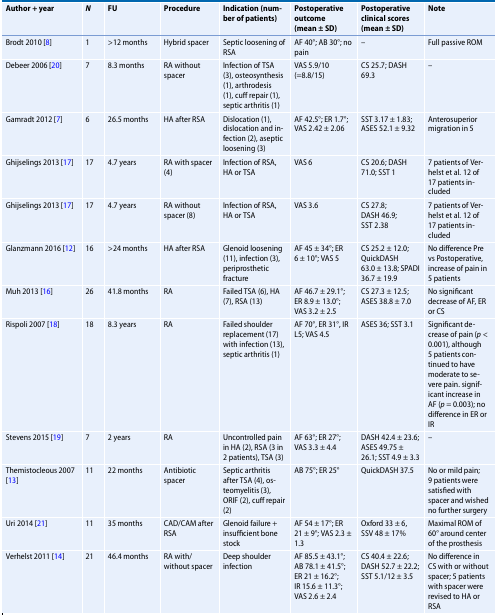
<table><thead><tr><td><b>Author + year</b></td><td><b><i>N</i></b></td><td><b>FU</b></td><td><b>Procedure</b></td><td><b>Indication (number of patients)</b></td><td><b>Postoperative outcome (mean ± SD)</b></td><td><b>Postoperative clinical scores (mean ± SD)</b></td><td><b>Note</b></td></tr></thead><tbody><tr><td>Brodt 2010 [8]</td><td>1</td><td>&gt;12 months</td><td>Hybrid spacer</td><td>Septic loosening of RSA</td><td>AF 40°; AB 30°; no pain</td><td>–</td><td>Full passive ROM</td></tr><tr><td>Debeer 2006 [20]</td><td>7</td><td>8.3 months</td><td>RA without spacer</td><td>Infection of TSA (3), osteosynthesis (1), arthrodesis (1), cuff repair (1), septic arthritis (1)</td><td>VAS 5.9/10 (=8.8/15)</td><td>CS 25.7; DASH 69.3</td><td>–</td></tr><tr><td>Gamradt 2012 [7]</td><td>6</td><td>26.5 months</td><td>HA after RSA</td><td>Dislocation (1), dislocation and infection (2), aseptic loosening (3)</td><td>AF 42.5°; ER 1.7°; VAS 2.42 ± 2.06</td><td>SST 3.17 ± 1.83; ASES 52.1 ± 9.32</td><td>Anterosuperior migration in 5</td></tr><tr><td>Ghijselings 2013 [17]</td><td>17</td><td>4.7 years</td><td>RA with spacer (4)</td><td>Infection of RSA, HA or TSA</td><td>VAS 6</td><td>CS 20.6; DASH 71.0; SST 1</td><td>7 patients of Verhelst et al. 12 of 17 patients included</td></tr><tr><td>Ghijselings 2013 [17]</td><td>17</td><td>4.7 years</td><td>RA without spacer (8)</td><td>Infection of RSA, HA or TSA</td><td>VAS 3.6</td><td>CS 27.8; DASH 46.9; SST 2.38</td><td>7 patients of Verhelst et al. 12 of 17 patients included</td></tr><tr><td>Glanzmann 2016 [12]</td><td>16</td><td>&gt;24 months</td><td>HA after RSA</td><td>Glenoid loosening (11), infection (3), periprosthetic fracture</td><td>AF 45 ± 34°; ER 6 ± 10°; VAS 5</td><td>CS 25.2 ± 12.0; QuickDASH 63.0 ± 13.8; SPADI 36.7 ± 19.9</td><td>No difference Pre vs Postoperative, increase of pain in 5 patients</td></tr><tr><td>Muh 2013 [16]</td><td>26</td><td>41.8 months</td><td>RA</td><td>Failed TSA (6), HA (7), RSA (13)</td><td>AF 46.7 ± 29.1°; ER 8.9 ± 13.0°; VAS 3.2 ± 2.5</td><td>CS 27.3 ± 12.5; ASES 38.8 ± 7.0</td><td>No significant decrease of AF, ER or CS</td></tr><tr><td>Rispoli 2007 [18]</td><td>18</td><td>8.3 years</td><td>RA</td><td>Failed shoulder replacement (17) with infection (13), septic arthritis (1)</td><td>AF 70°, ER 31°, IR L5; VAS 4.5</td><td>ASES 36; SST 3.1</td><td>Significant decrease of pain (<i>p</i> &lt; 0.001), although 5 patients continued to have moderate to severe pain. significant increase in AF (<i>p</i> = 0.003); no difference in ER or IR</td></tr><tr><td>Stevens 2015 [19]</td><td>7</td><td>2 years</td><td>RA</td><td>Uncontrolled pain in HA (2), RSA (3 in 2 patients), TSA (3)</td><td>AF 63°; ER 27°; VAS 3.3 ± 4.4</td><td>DASH 42.4 ± 23.6; ASES 49.75 ± 26.1; SST 4.9 ± 3.3</td><td>–</td></tr><tr><td>Themistocleous 2007 [13]</td><td>11</td><td>22 months</td><td>Antibiotic spacer</td><td>Septic arthritis after TSA (4), osteomyelitis (3), ORIF (2), cuff repair (2)</td><td>AB 75°; ER 25°</td><td>QuickDASH 37.5</td><td>No or mild pain; 9 patients were satisfied with spacer and wished no further surgery</td></tr><tr><td>Uri 2014 [21]</td><td>11</td><td>35 months</td><td>CAD/CAM after RSA</td><td>Glenoid failure + insufficient bone stock</td><td>AF 54 ± 17°; ER 21 ± 9°; VAS 2.3 ± 1.3</td><td>Oxford 33 ± 6, SSV 48 ± 17%</td><td>Maximal ROM of 60° around center of the prosthesis</td></tr><tr><td>Verhelst 2011 [14]</td><td>21</td><td>46.4 months</td><td>RA with/without spacer</td><td>Deep shoulder infection</td><td>AF 85.5 ± 43.1°;AB 78.1 ± 41.5°;ER 21 ± 16.2°;IR 15.6 ± 11.3°;VAS 2.6 ± 2.4</td><td>CS 40.4 ± 22.6; DASH 52.7 ± 22.2; SST 5.1/12 ± 3.5</td><td>No difference in CS with or without spacer; 5 patients with spacer were revised to HA or RSA</td></tr></tbody></table>